Juuru_vallavalitsus, lk 11
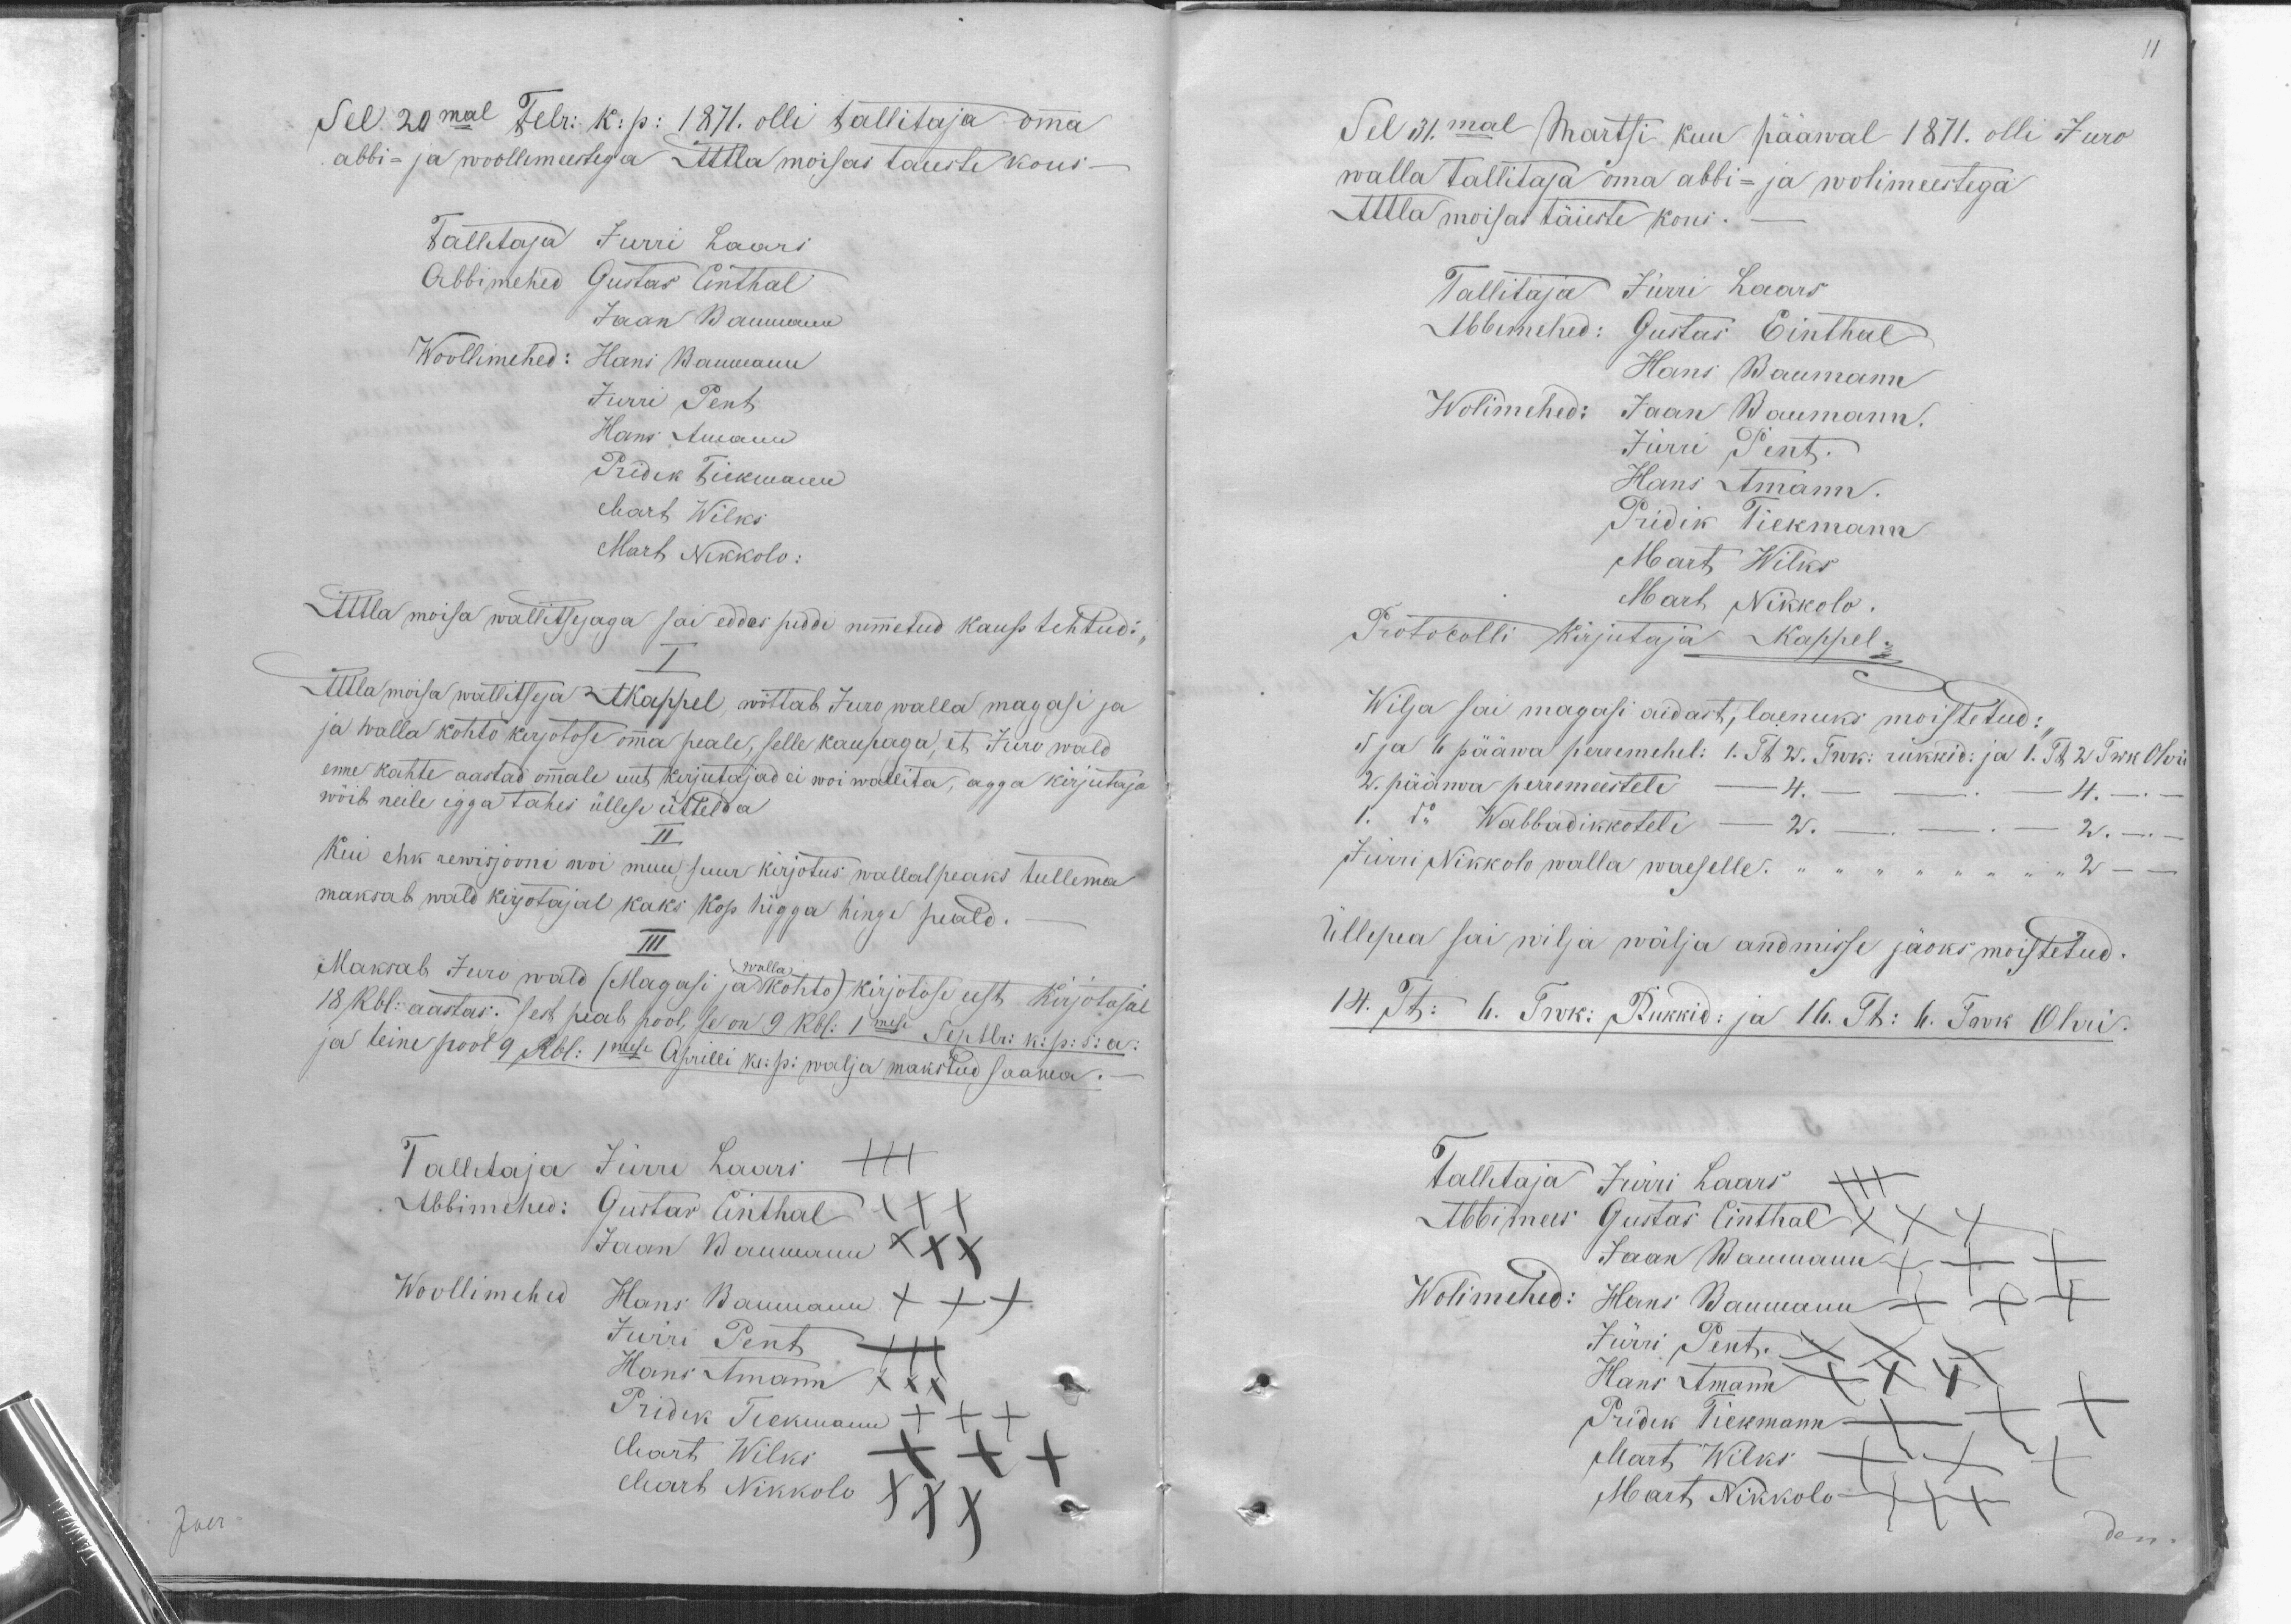
11

Sel 20mal Febr: k: p: 1871. olli tallitaja oma
abbi- ja woollemeestega Attla moisas taieste kous-
Tallitaja Jrri Laars
Abbimehed Gustas Einthal
Jaan Baumann
Woollimehed: Hans Baumann
Jürri Pent
Hans Amann
Pridik Tiekmann
Mart Wilks
Mart Nikkolo:
Attla moisa wallitsejaga sai edas piddi nimetud kaup tehtud:
I
Atla moisa wallitseja AKappel, wõttab Juro walla magasi ja
ja walla kohto kirjotose oma peale, selle kaupaga, et Juro wald
enne kahte aastad omale uut kirjutajad ei woi wallita, agga kirjutaja
wõib neile igga tahes üllese üttelda
II
Kui ehk rewisjooni woi muu suur kirjotus wallal peaks tullema
maksab wald kirjotajal kaks Kop higga hinge peald.
III
walla
Maksab Juro wald (Magasi ja kohto) kirjotose eest kirjotajale
18 Rbl: aastas: sest peab pool, se on 9 Rbl: 1mese Septbr: k: p: s:a:
ja teine pool 9 Rbl: 1mese Aprilli k: p: wälja makstud saama.-
Tallitaja Jürri Laars
111
Abbimehed: Gustav Anthal
Jaan Kaumann XXX
Woolimehed Hans Baumann +++
Jürri Pent -
Hans Amann XXX
Pridik Teekmann XXX
Mart Wilks
Mart Nikkolo
Joer

Sel 11mal Märtsi kuu pääwal 1871. olli Juro
walla tallitaja oma abbi- ja wolimeestega
Attla moisas täieste kous-
Tallitaja Jürri Kaars
Abbemehed: Gustas Einthal
Hans Kaumann
Wolimehed: Jaan Waumann.
Jürri Pent.
Hans Amann
Pridik Teekmann
Mart Wilks
Mart Nikkolo.
Protokolli kirjutaja Kappel-
Wilja sai magasi aidast, laenuks moistetud:
5 ja 6 pääwa peremehel: 1. TõL 2. Truk. rukkid: ja 1. Tk 2. Twik Ohov
2. pääwa perremeestele - 4. - - 4, -
1. 5" Wabbadikkotele - 2. - - W. -
Jürri Nikkolo walla waeselle. " " " - " 2 "
Üllepea sai wilja wälja andmisse jäoks moistetud.
14. JK: 6. Prok: Rukkid: ja 16. Th. 6. Took Olvi
Talletaja Jürri Laars +++
Abbimees Gustas Einthal XXX
Jaan Baumann +++
Wolimehed: Hans Baumann +++
Jürri Pents. XXX
Hans Amann XXX
Pridik Tiekmann XXX
Mart Wilks XXX
Mart Nikkolo +++